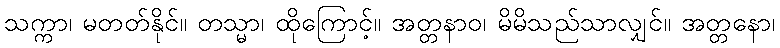
သက္ကာ၊ မတတ်နိုင်။ တသ္မာ၊ ထိုကြောင့်။ အတ္တနာဝ၊ မိမိသည်သာလျှင်။ အတ္တနော၊